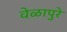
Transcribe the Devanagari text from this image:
वेळापुरे